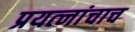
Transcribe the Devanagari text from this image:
प्रयत्‍नांचाच